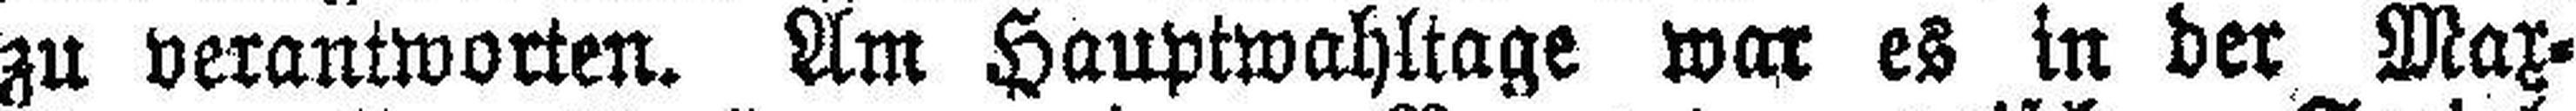
zu verantworten. Am Hauptwahltage war es in der Max¬